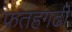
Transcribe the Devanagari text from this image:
फतहगढी